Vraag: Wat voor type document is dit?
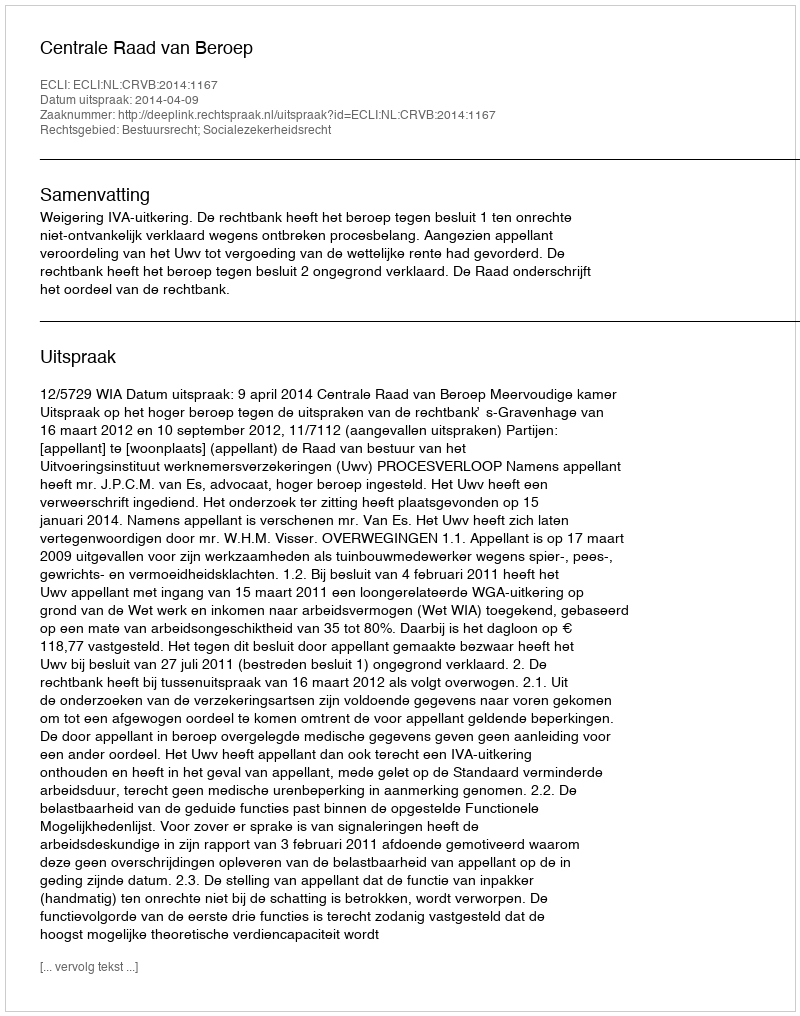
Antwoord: Uitspraak